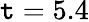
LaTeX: \mathtt{t}=5.4